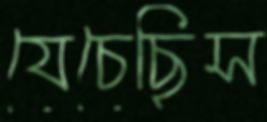
যেচেছিস